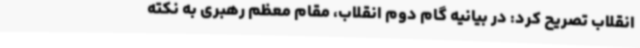
انقلاب تصریح کرد: در بیانیه گام دوم انقلاب، مقام معظم رهبری به نکته